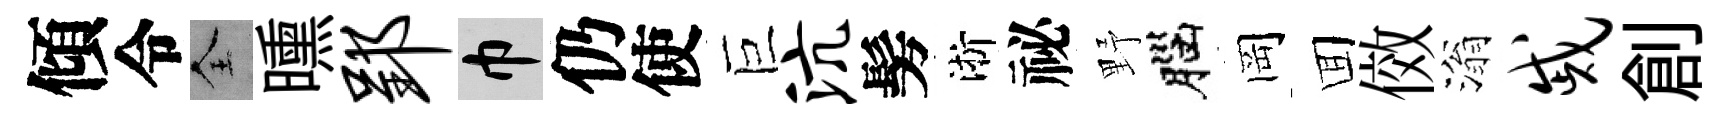
傾令全曛郢巾仍使巨沆髣淅祕野腦岡囬傚滃戚創